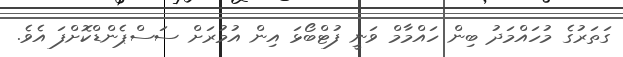
ގަތަރުގެ މުހައްމަދު ބިން ހައްމާމް ވަނީ ފުޓްބޯޅަ އިން އުމުރަށް ސަސްޕެންޑްކޮށްފަ އެވެ.